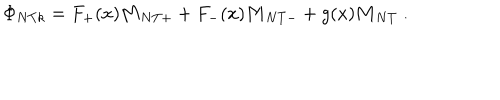
LaTeX: \Phi _ { N T k } = F _ { + } ( x ) { \bf M } _ { N T + } + F _ { - } ( x ) { \bf M } _ { N T - } + g ( x ) { \bf M } _ { N T } \ .